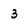
Character: 3